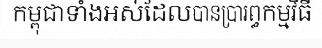
កម្ពុជាទាំងអស់ដែលបានប្រារព្ធកម្មវិធី